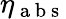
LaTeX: \eta_{\mathrm{~a~b~s~}}